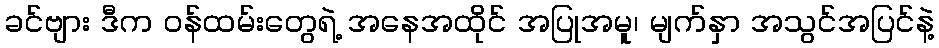
ခင်ဗျား ဒီက ဝန်ထမ်းတွေရဲ့ အနေအထိုင် အပြုအမူ၊ မျက်နှာ အသွင်အပြင်နဲ့